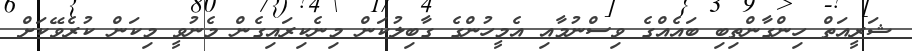
ޝަރީއަތް ހިންގާންތިބި ބައެއްގެ ވިސްނުމާއި އެމީހުންގެ ގާބިލުކަން މިނެކިރައިގެން މެނުވީ މިކަން ކުރެވޭކަށް